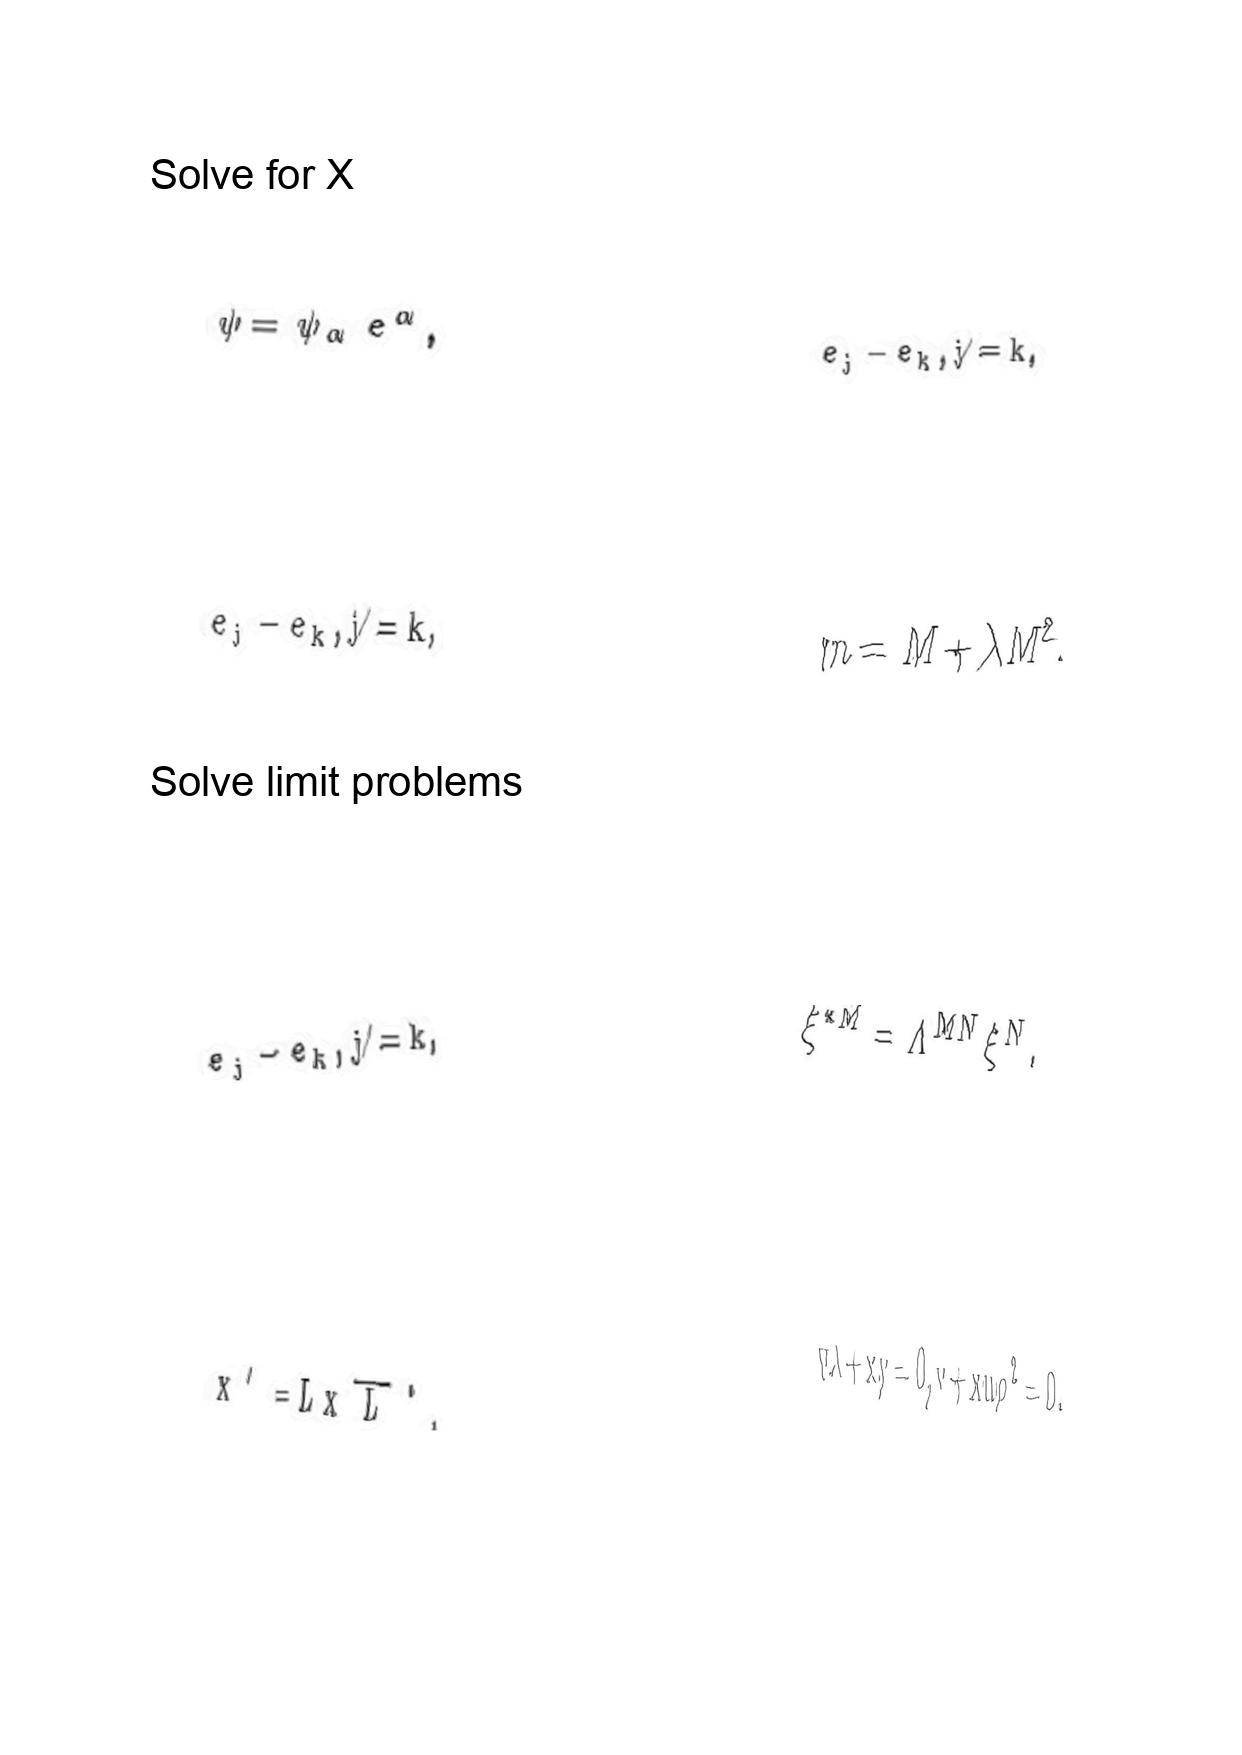
LaTeX transcription:
\psi = \psi _ { \alpha } e ^ { \alpha } ,
e _ { j } - e _ { k } , j \neq k ,
e _ { j } - e _ { k } , j \neq k ,
x ^ { \prime } = L x \overline { L } ^ { \ast } ,
e _ { j } - e _ { k } , j \neq k ,
m = M + \lambda M ^ { 2 } .
\xi ^ { \ast M } = \Lambda ^ { M N } \xi ^ { N } .
v \lambda + x y = 0 , v + x u \rho ^ { 2 } = 0 .